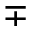
\mp